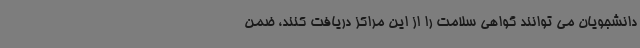
دانشجویان می توانند گواهی سلامت را از این مراکز دریافت کنند، ضمن